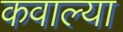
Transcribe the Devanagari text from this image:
कवाल्या